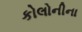
કોલોનીના